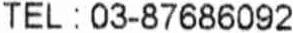
TEL : 03-87686092